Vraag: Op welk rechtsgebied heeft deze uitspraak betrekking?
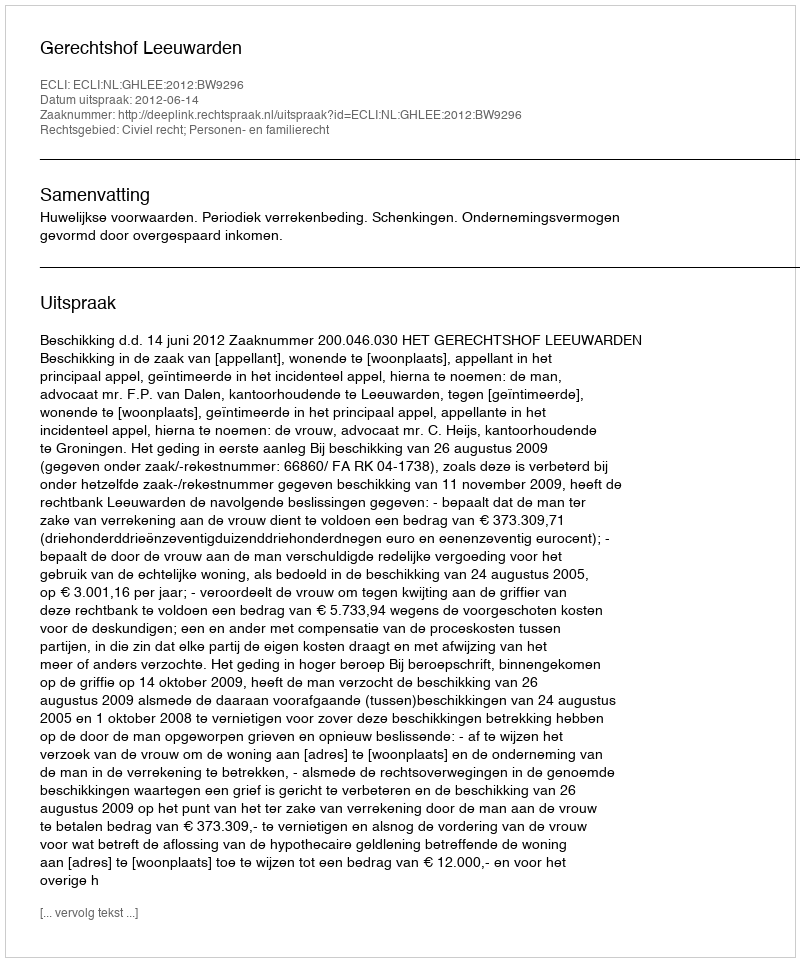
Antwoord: Civiel recht; Personen- en familierecht